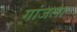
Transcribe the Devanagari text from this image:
गांजला